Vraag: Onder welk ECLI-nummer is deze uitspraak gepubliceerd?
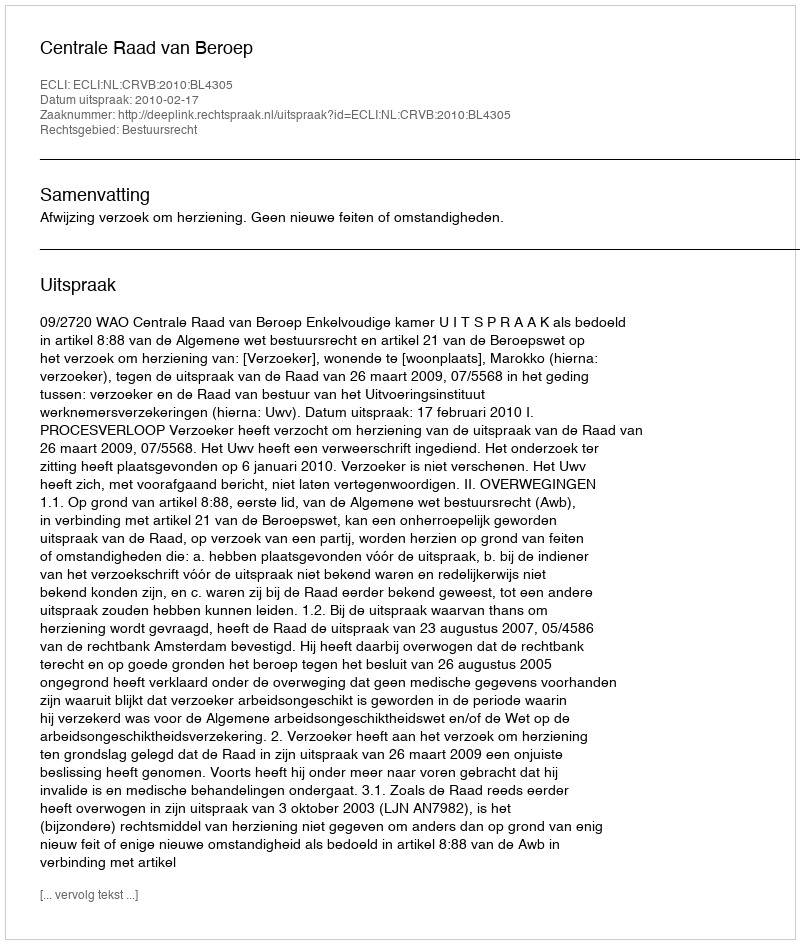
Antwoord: ECLI:NL:CRVB:2010:BL4305